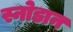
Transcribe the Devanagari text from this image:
स्नोडान